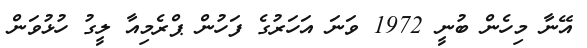
އޭނާ މިހެން ބުނީ 1972 ވަނަ އަހަރުގެ ފަހުން ޕްރެމިއާ ލީގު ހުޅުވަން